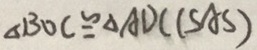
\Delta B O C \cong \Delta A D C ( S A S )